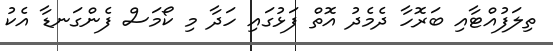
ތިލަފުއްޓާއި ބަރޮހާ ދެމެދު އޮތް ފަޅުގައި ހަދާ މި ކޯމަސް ފެންގަނޑާ އެކު